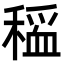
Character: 𫁃